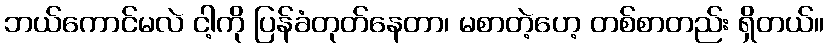
ဘယ်ကောင်မလဲ ငါ့ကို ပြန်ခံတုတ်နေတာ၊ မစာတဲ့ဟေ့ တစ်စာတည်း ရှိတယ်။